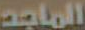
الماجد